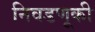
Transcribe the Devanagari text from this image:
निवडणूकी